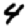
Digit: 4